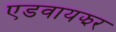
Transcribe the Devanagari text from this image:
एडवायझर